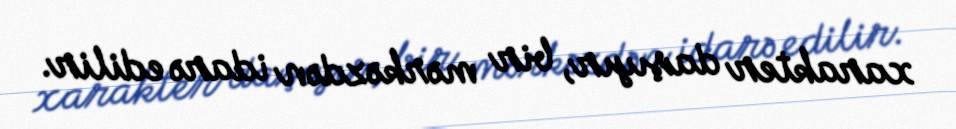
xarakter daşıyır, bir mərkəzdən idarə edilir.